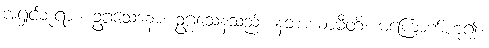
အရှင်ဘုရား။ ဥဂ္ဂသေနော၊ ဥဂ္ဂသေနသည်။ နဘာယာမီတိ၊ မကြောက်ဟူ၍။